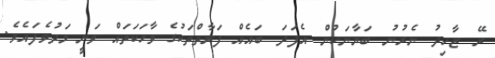
ރޭ ޒާހިދު ނެރުނު ބަޔާނަކުން އެފަދަ ބައެއް ފަރާތްތަކުގެ ވާހަކަތައް ވަނީ މަދުވެފައެވެ.